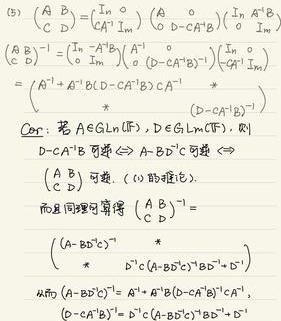
\[
\begin{align*}
&\begin{pmatrix}
A & B\\
C & D
\end{pmatrix}=\begin{pmatrix}
I_m & O\\
CA^{-1} & I_n
\end{pmatrix}\begin{pmatrix}
A & 0\\
0 & D - CA^{-1}B
\end{pmatrix}\begin{pmatrix}
I_m & A^{-1}B\\
0 & I_n
\end{pmatrix}\\
&\begin{pmatrix}
A & B\\
C & D
\end{pmatrix}^{-1}=\begin{pmatrix}
I_m & -A^{-1}B\\
0 & I_n
\end{pmatrix}\begin{pmatrix}
A^{-1} & 0\\
0 & (D - CA^{-1}B)^{-1}
\end{pmatrix}\begin{pmatrix}
I_m & 0\\
-CA^{-1} & I_n
\end{pmatrix}\\
&=\begin{pmatrix}
A^{-1}+A^{-1}B(D - CA^{-1}B)^{-1}CA^{-1} & -A^{-1}B(D - CA^{-1}B)^{-1}\\
-(D - CA^{-1}B)^{-1}CA^{-1} & (D - CA^{-1}B)^{-1}
\end{pmatrix}\\
&\text{Cor: 若 }A\in GL_m(\mathbb{F}),D\in GL_n(\mathbb{F}),\text{ 则}\\
&D - CA^{-1}B\text{ 可逆}\Leftrightarrow A - BD^{-1}C\text{ 可逆}\Leftrightarrow\\
&\begin{pmatrix}
A & B\\
C & D
\end{pmatrix}\text{ 可逆. (1) 的推论.}\\
&\text{而且同理可算得 }\begin{pmatrix}
A & B\\
C & D
\end{pmatrix}^{-1}=\\
&\begin{pmatrix}
(A - BD^{-1}C)^{-1} & *\\
* & D^{-1}C(A - BD^{-1}C)^{-1}BD^{-1}+D^{-1}
\end{pmatrix}\\
&\text{其中 }(A - BD^{-1}C)^{-1}=A^{-1}+A^{-1}B(D - CA^{-1}B)^{-1}CA^{-1},\\
&(D - CA^{-1}B)^{-1}=D^{-1}+D^{-1}C(A - BD^{-1}C)^{-1}BD^{-1}
\end{align*}
\]